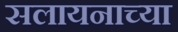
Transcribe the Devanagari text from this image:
सलायनाच्या